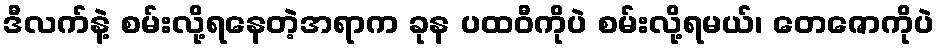
ဒီလက်နဲ့ စမ်းလို့ရနေတဲ့အရာက ခုန ပထဝီကိုပဲ စမ်းလို့ရမယ်၊ တေဇောကိုပဲ